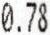
0.78